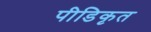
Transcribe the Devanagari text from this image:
पीडिकृत